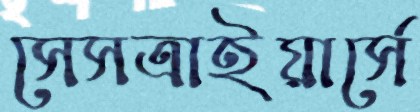
সেসত্রাইয়ার্সে